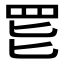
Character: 𱺸